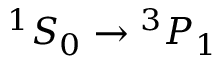
{ } ^ { 1 } S _ { 0 } \rightarrow { } ^ { 3 } P _ { 1 }